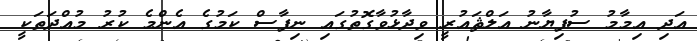
އަދި އިމާމު ސުފިޔާނު އަލްޘައުރީ ވިދާޅުވާގޮތުގައި ނިފާސް ކަމުގެ އެންމެ ކުރު މުއްދަތަކީ